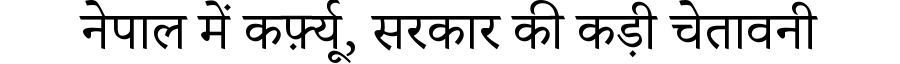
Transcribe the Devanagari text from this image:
नेपाल में कर्फ़्यू, सरकार की कड़ी चेतावनी